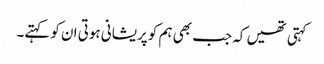
کہتی تھیں کہ جب بھی ہم کو پریشانی ہوتی ان کو کہتے۔